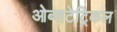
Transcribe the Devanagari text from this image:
ओब्सटेट्रिकल